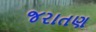
જરાતણ